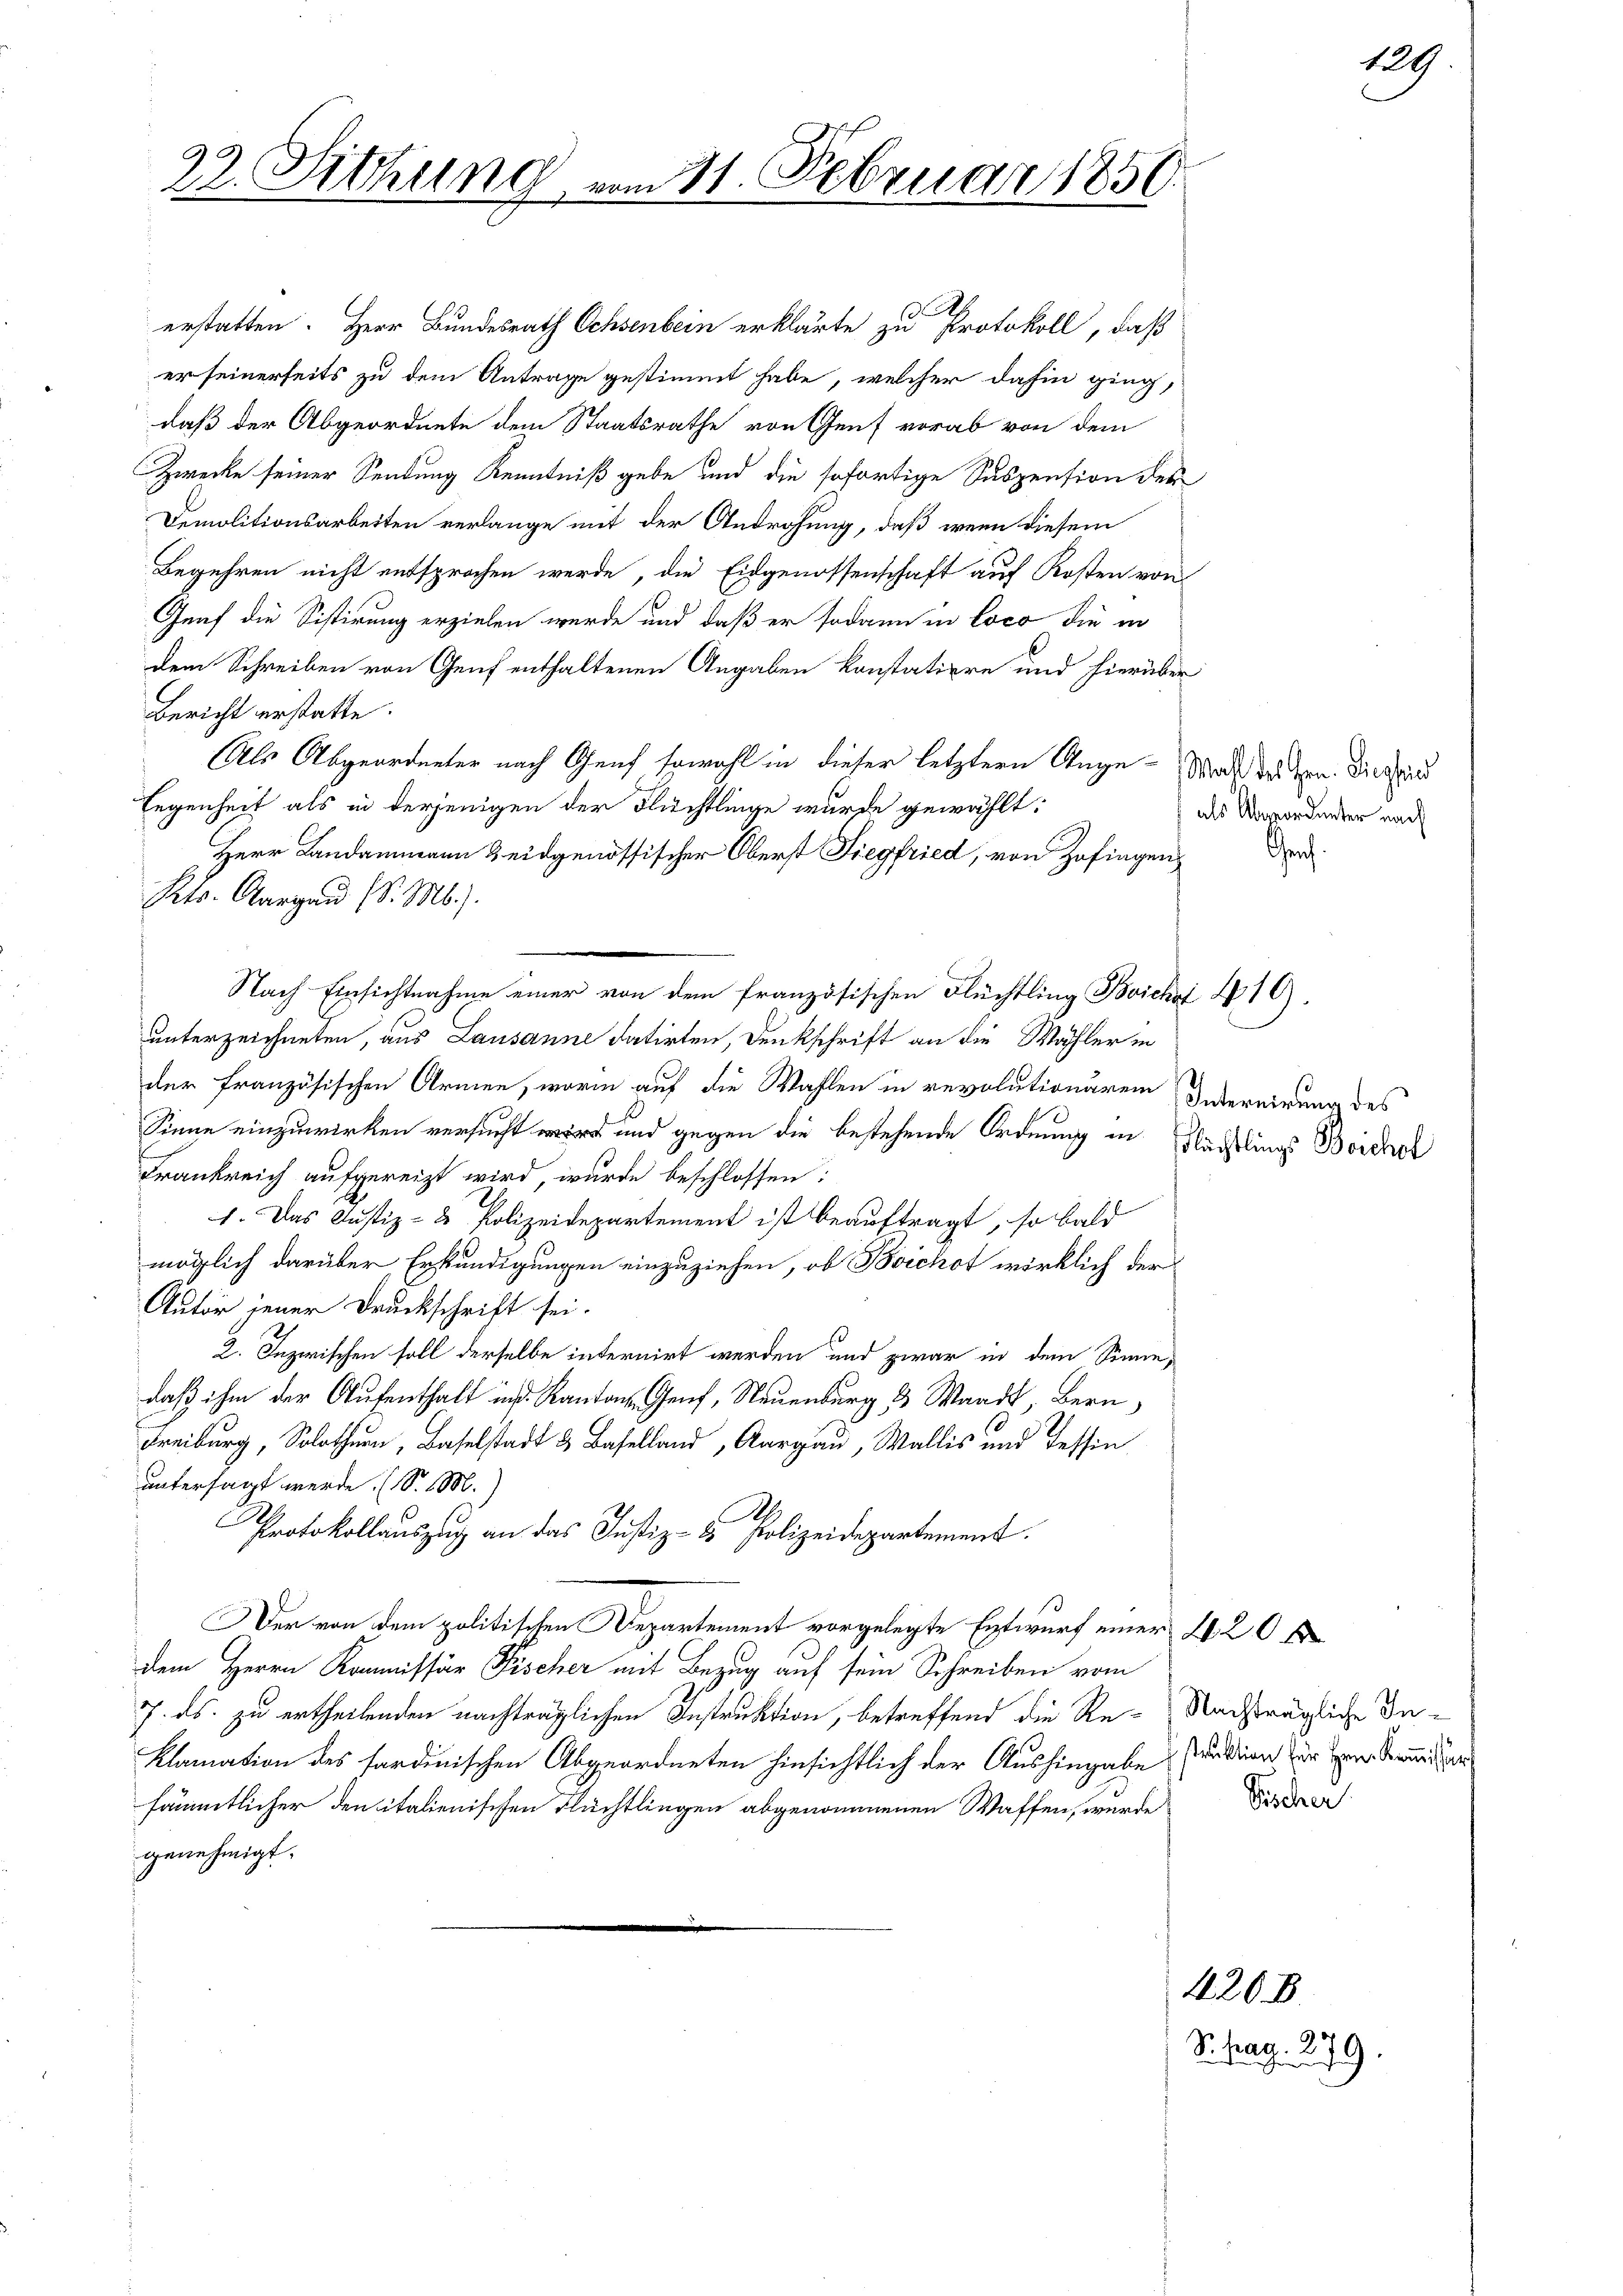
22. Sitzung

.
erstatten. Herr Bundesrath Ochsenbein erklärte zu Protokoll, daß
er seinerseits zu dem Antrage gestimmt habe, welcher dahin ging,
daß der Abgeordnete dem Staatsrathe von Genf vorab von dem
Zwecke seiner Sendung Kenntniß gebe und die sofortige Suspension des
Demolitionsarbeiten verlange mit der Androhung, daß wenn diesem
Begehren nicht entsprochen werde, die Eidgenossenschaft auf Kosten von
Graf die Sistirung erzielen wurde und daß er sodann in loco die in
dem Schreiben von Genf enthaltenen Angaben konstatiere und hierüber
Bericht erstatte.
Als Abgeordneter nach Genf sowohl in dieser letztere Ange- Saddirten. Diesen
legenheit als in derjenigen der Flüchtlinge wurde gewählt:
Herr Landammann Zeidgenössischer Oberst Siegfried, von Zofingen,
Kts. Aargau (v. Ms.).
.
Nach Einsichtnahme einer von dem französischen Flüchtling Boichoi 410.
unterzeichneten, aus Lausanne datirten, Denkschrift an die Wähler in
der Französischen Armen, worin auf die Wahlen in revolutionärem Gebernirung des
Sinne einzuwirken versucht und gegen die bestehende Ordnung in Nachtlings Beichel
Frankreich aufgereizt wird, wurde beschlossen:
1. Das Justiz- & Polizeidepartement ist beauftragt, so bald
möglich darüber Erkundigungen einzuziehen, ob Boichot wirklich der
Autor jener Druckschrift sei.
2. Inzwischen soll derselbe internirt werden und zwar in dem Sinne,
daß ihm der Aufenthalt in Kant. Genf, Neuenburg u Waadt, Bern,
Freiburg, Solothurn, Baselstadt & Baselland, Aargau, Wallis und Tessin
untersagt werde. (S. M.)
.
Protokollauszug an das Justiz- & Polizeidepartement.
er von dem politischen Departement vorgelegte Entwurf einer 220 f
dem Herrn Kommissär Fischer mit Bezug auf sein Schreiben vom
7. ds. zu ertheilenden nachträglichen Instruktion, betreffend die Re-Nachträgliche In¬
Klamation des sardinischen Abgeordneten hinsichtlich der Aushingabe Ferdien zur Ein Grund
sämmtlicher den italienischen Flüchtlingen abgenommenen Waffen, wurde
genehmigt.

21. Februar 1850.

als Abordneter nach

Ge¬

Vischer

420. B
S. pag. 279.

129.